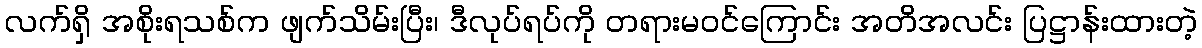
လက်ရှိ အစိုးရသစ်က ဖျက်သိမ်းပြီး၊ ဒီလုပ်ရပ်ကို တရားမဝင်ကြောင်း အတိအလင်း ပြဋ္ဌာန်းထားတဲ့